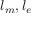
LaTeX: l _ { m } , l _ { e }